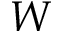
W